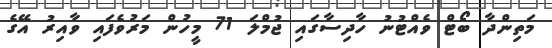
މަތިންދާ ބޯޓް ވެއްޓުނު ހާދިސާގައި ޖުމްލަ 71 މީހުން މަރުވެފައި ވާއިރު އޭގެ